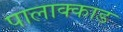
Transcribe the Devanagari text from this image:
पालाक्काड